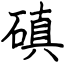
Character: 磌